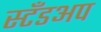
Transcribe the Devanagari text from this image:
स्टँडअप